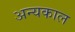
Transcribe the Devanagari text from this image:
अन्यकाल